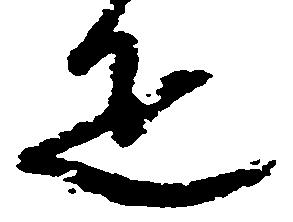
疋